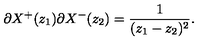
\partial X ^ { + } ( z _ { 1 } ) \partial X ^ { - } ( z _ { 2 } ) = \frac { 1 } { ( z _ { 1 } - z _ { 2 } ) ^ { 2 } } .